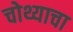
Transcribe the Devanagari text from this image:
चोथ्याचा